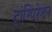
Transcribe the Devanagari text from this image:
ट्रांस्पिरेशन